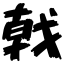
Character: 戟